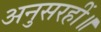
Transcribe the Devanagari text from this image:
अनुसरहीं॥